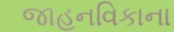
જાહનવિકાના